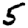
Digit: 5